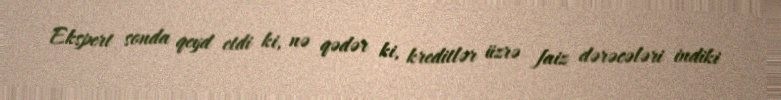
Ekspert sonda qeyd etdi ki, nə qədər ki, kreditlər üzrə faiz dərəcələri indiki